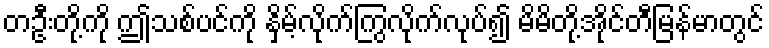
တဦးတို့ကို ဤသစ်ပင်ကို နှိမ့်လိုက်ကြွလိုက်လုပ်၍ မိမိတို့အိုင်တီမြန်မာတွင်